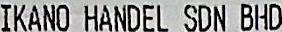
IKANO HANDEL SDN BHD